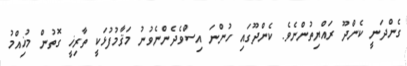
ގެންދަނީ ކެންދޫ ރައްޔިތުންނެވެ. ކެންދޫގައި ހުންނަ އިސްވެދެންނެވުނު މަޤާމުފުޅަކީ ތާރިޚީ ގޮތުން މުޚިއްމު